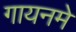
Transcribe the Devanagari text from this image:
गायनमे